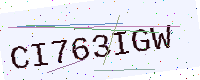
Text: CI763IGW